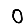
Digit: 0